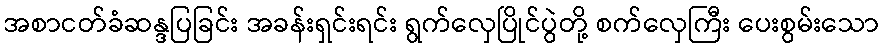
အစာငတ်ခံဆန္ဒပြခြင်း အခန်းရှင်းရင်း ရွက်လှေပြိုင်ပွဲတို့ စက်လှေကြီး ပေးစွမ်းသော